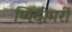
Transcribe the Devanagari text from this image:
प्यिदीमर्री